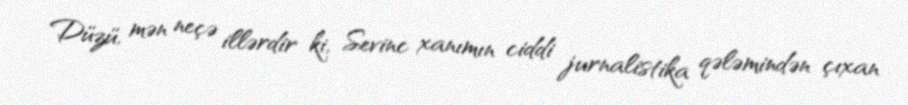
Düzü, mən neçə illərdir ki, Sevinc xanımın ciddi jurnalistika qələmindən çıxan